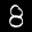
Label: 8